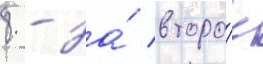
8 - за́ второ́е